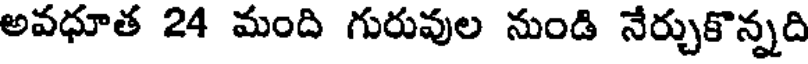
అవధూత 24 మంది గురువుల నుండి నేర్చుకొన్నది